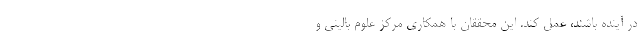
در آینده باشند، عمل کند. این محققان با همکاری مرکز علوم بالینی و